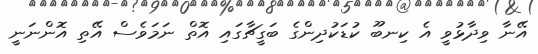
އޭނާ ވިދާޅުވީ އެ ކިނބޫ ކުޑަކުދިންގެ ބަގީޗާގައި އޮތް ނަމަވެސް އޭތި އޮންނަނީ